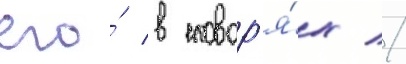
его́ в словар'я́х //